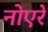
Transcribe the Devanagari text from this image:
नोएरे